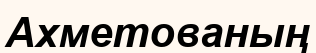
Ахметованың